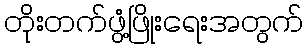
တိုးတက်ဖွံ့ဖြိုးရေးအတွက်